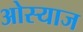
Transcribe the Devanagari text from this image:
ओस्याज